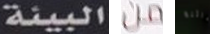
البيئة من لعائلة